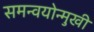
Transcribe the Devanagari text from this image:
समन्वयोन्मुखी